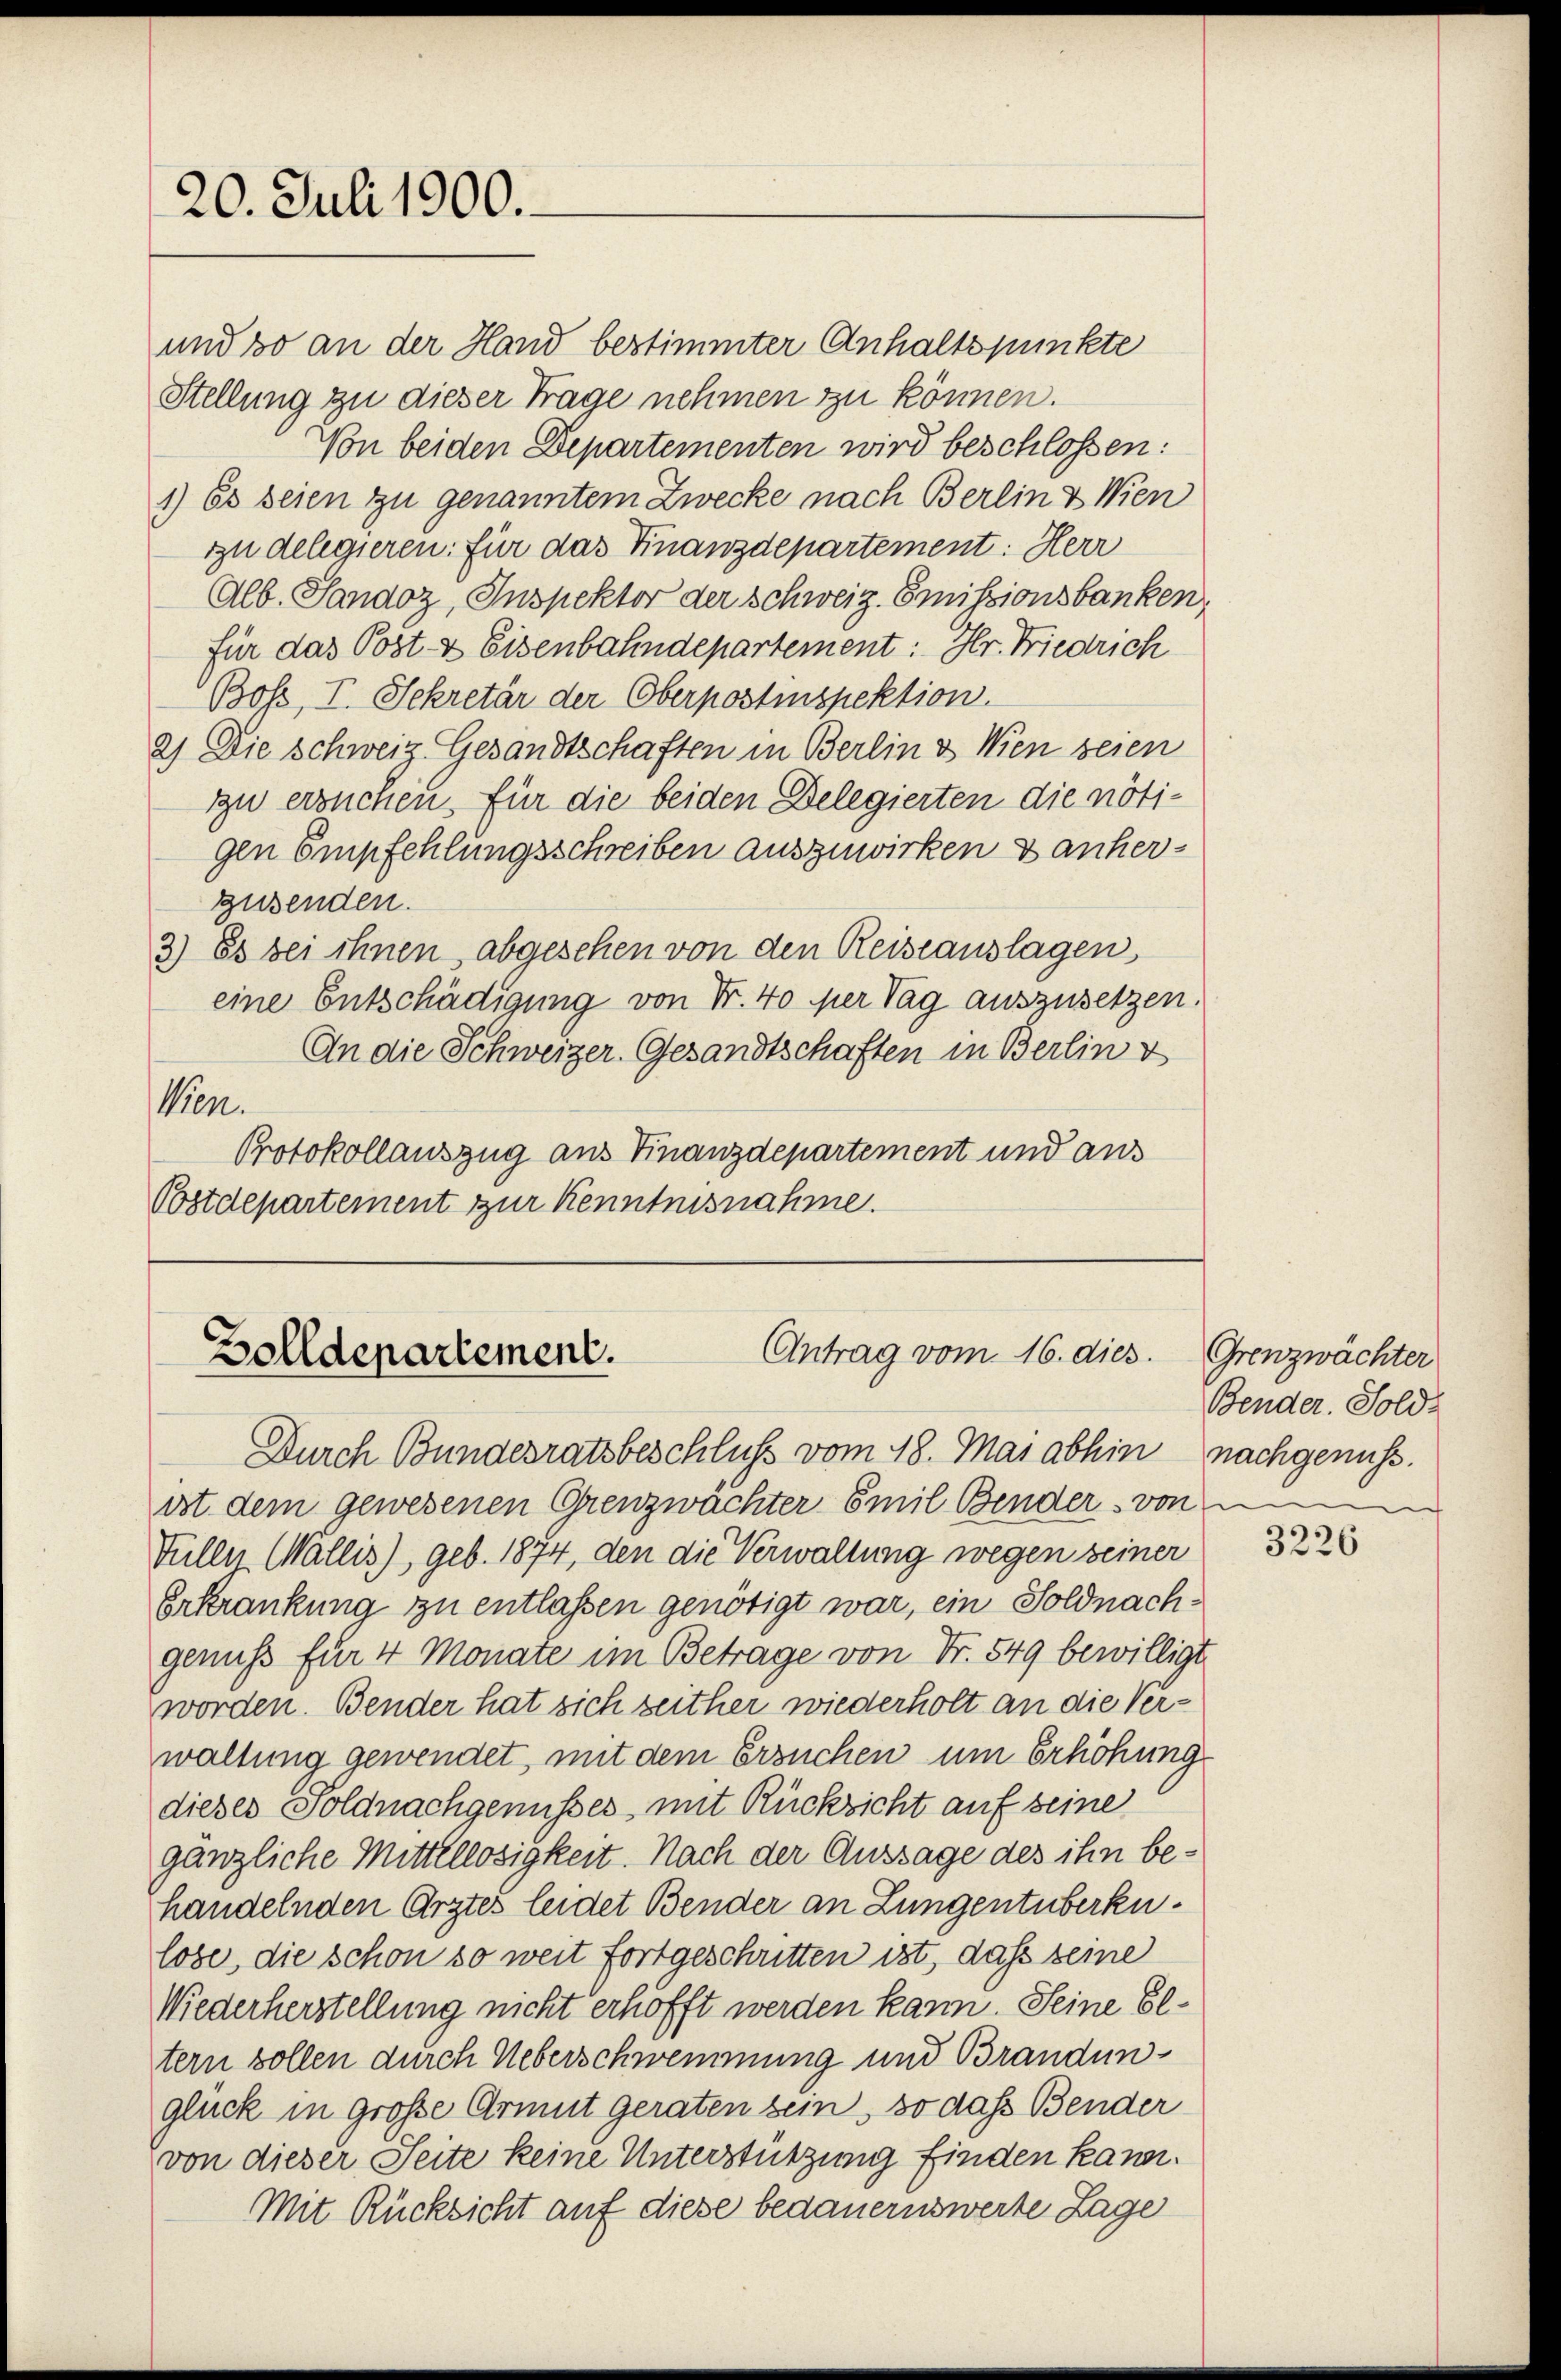
20. Juli 1900.

gen Empfehlungsschreiben auszuwirken & anhergusenden.
3.) Es bei ihnen, abgesehen von den Reiseauslagen,
eine Entschädigung von Fr. 40 per Tag auszusetzen.
An die Schweizer Gesandtschaften in Berlin v
Wien.
Protokollauszug aus Finanzdepartement und aus
Oostdepartement zur Kenntnisnahme.

und so an der Hand bestimmter Anhaltspunkte
Stellung zu dieser Trage nehmen zu können.
Von beiden Departementen wird beschlossen:
1) Es seien zu genanntem Zwecke nach Berlin & Wien
zu delegieren: für das Finanzdepartement: Herr
Alb. Sandoz, Inspektor der Schweiz. Emissionsbanken,
für das Post- & Eisenbahndepartement: Hr. Friedrich
Bose, I. Sekretär der Oberpostinspektion.
2) Die Schweiz. Gesandtschaften in Berlin & Wien seien
zu ersuchen. Für die beiden Delegierten die nöti¬

Antrag vom 16. dies
Zolldepartement.

ist dem gewesenen Grenzwächter Emil Bender von
Tüller Wallis), geb. 1874, den die Verwaltung wegen seiner
Erkrankung zu entlassen genötigt war, ein Soldnachgenuss für 4 Monate im Betrage von Fr. 549 bewilligt.
Zworden. Bender hat sich zeither wiederholt an die Verwaltung gewendet, mit dem Ersuchen um Erhöhung
dieses Soldnachgenusses mit Rücksicht auf seine
gänzliche Mittellosigkeit. Nach der Aussage des ihn behandelnden Arztes leidet Bender an Lungentuberkulose, die schon so weit fortgeschritten ist, dass seine
Wiederherstellung nicht erhofft werden kann. Seine Eltern sollen durch Ueberschwemmung und Brandunglück in große Armut geraten sein, so dass Bender
von dieser Seite keine Unterstützung finden kann.
Mit Rücksicht auf diese bedauernswerte Lage

Durch Bundesratsbeschluß vom 18. Mai abhin nachgenuss.

Grenzwächter
Bender. Sold¬

3226